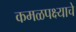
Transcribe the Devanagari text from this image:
कमळपक्ष्याचे